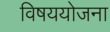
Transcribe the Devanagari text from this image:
विषययोजना